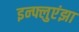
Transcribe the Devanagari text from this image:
इन्‍फ्लुएंझा